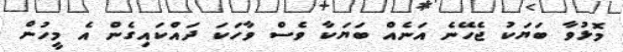
މޮޅުވާ ބަޔަކު ޖެހޭނެ އަނެއް ބަޔަކާ ވެސް ވާހަކަ ދައްކައިގެން އެ މީހުން